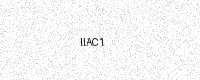
Text: IIAC1